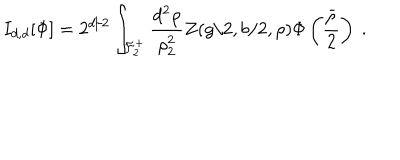
I _ { d , d } [ \Phi ] = 2 ^ { d / 2 } \int _ { { \cal F } _ { 2 } ^ { + } } \frac { d ^ { 2 } \rho } { \rho _ { 2 } ^ { 2 } } Z ( g / 2 , b / 2 , \rho ) \Phi \left( \frac { \bar { \rho } } { 2 } \right) \ .